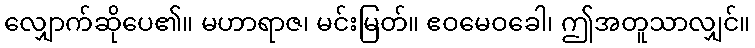
လျှောက်ဆိုပေ၏။ မဟာရာဇ၊ မင်းမြတ်။ ဧဝမေဝခေါ၊ ဤအတူသာလျှင်။